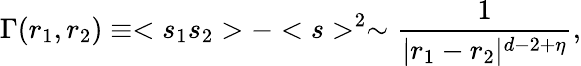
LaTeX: \Gamma(r_{1},r_{2})\equiv<s_{1}s_{2}>-
^{2}\sim{\frac{1}{|r_{1}-r_{2}|^{d-2+\eta}}},